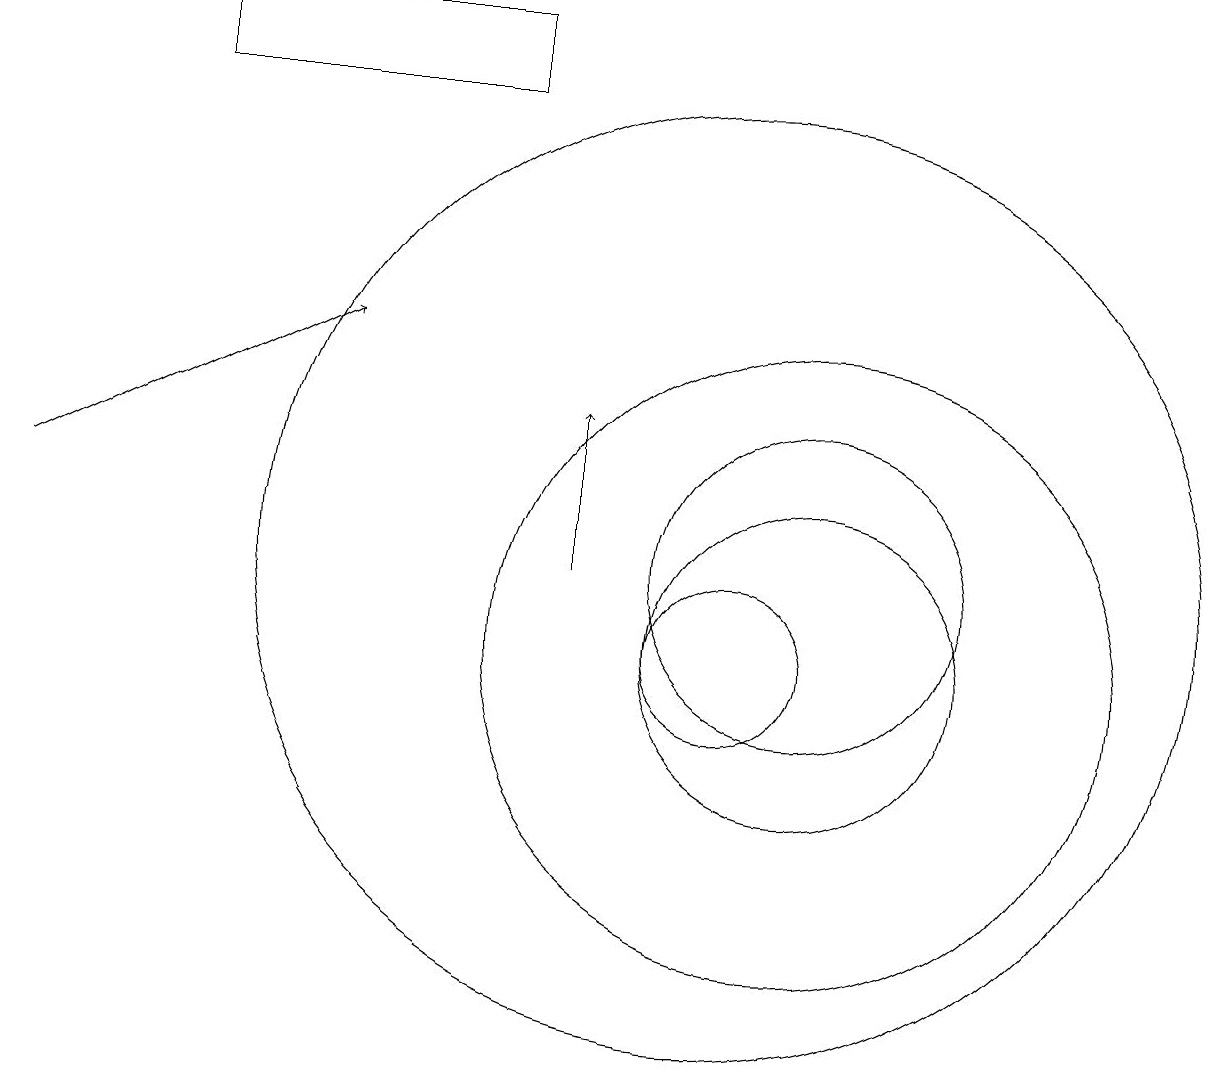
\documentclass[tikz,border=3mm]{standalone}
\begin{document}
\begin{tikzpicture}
\draw (10,11) circle (6);
\draw (10,10) circle (1);
\draw[->] (8,11) -- (8,13);
\draw (11,11) circle (2);
\draw (11,10) circle (2);
\draw[->] (1,12) -- (5,14);
\draw (3,17) rectangle (7,18);
\draw (11,10) circle (4);
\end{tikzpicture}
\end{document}